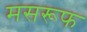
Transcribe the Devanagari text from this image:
मसरूफ